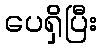
ပေရှိပြီး